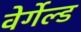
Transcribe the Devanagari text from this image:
वेर्गेल्ड